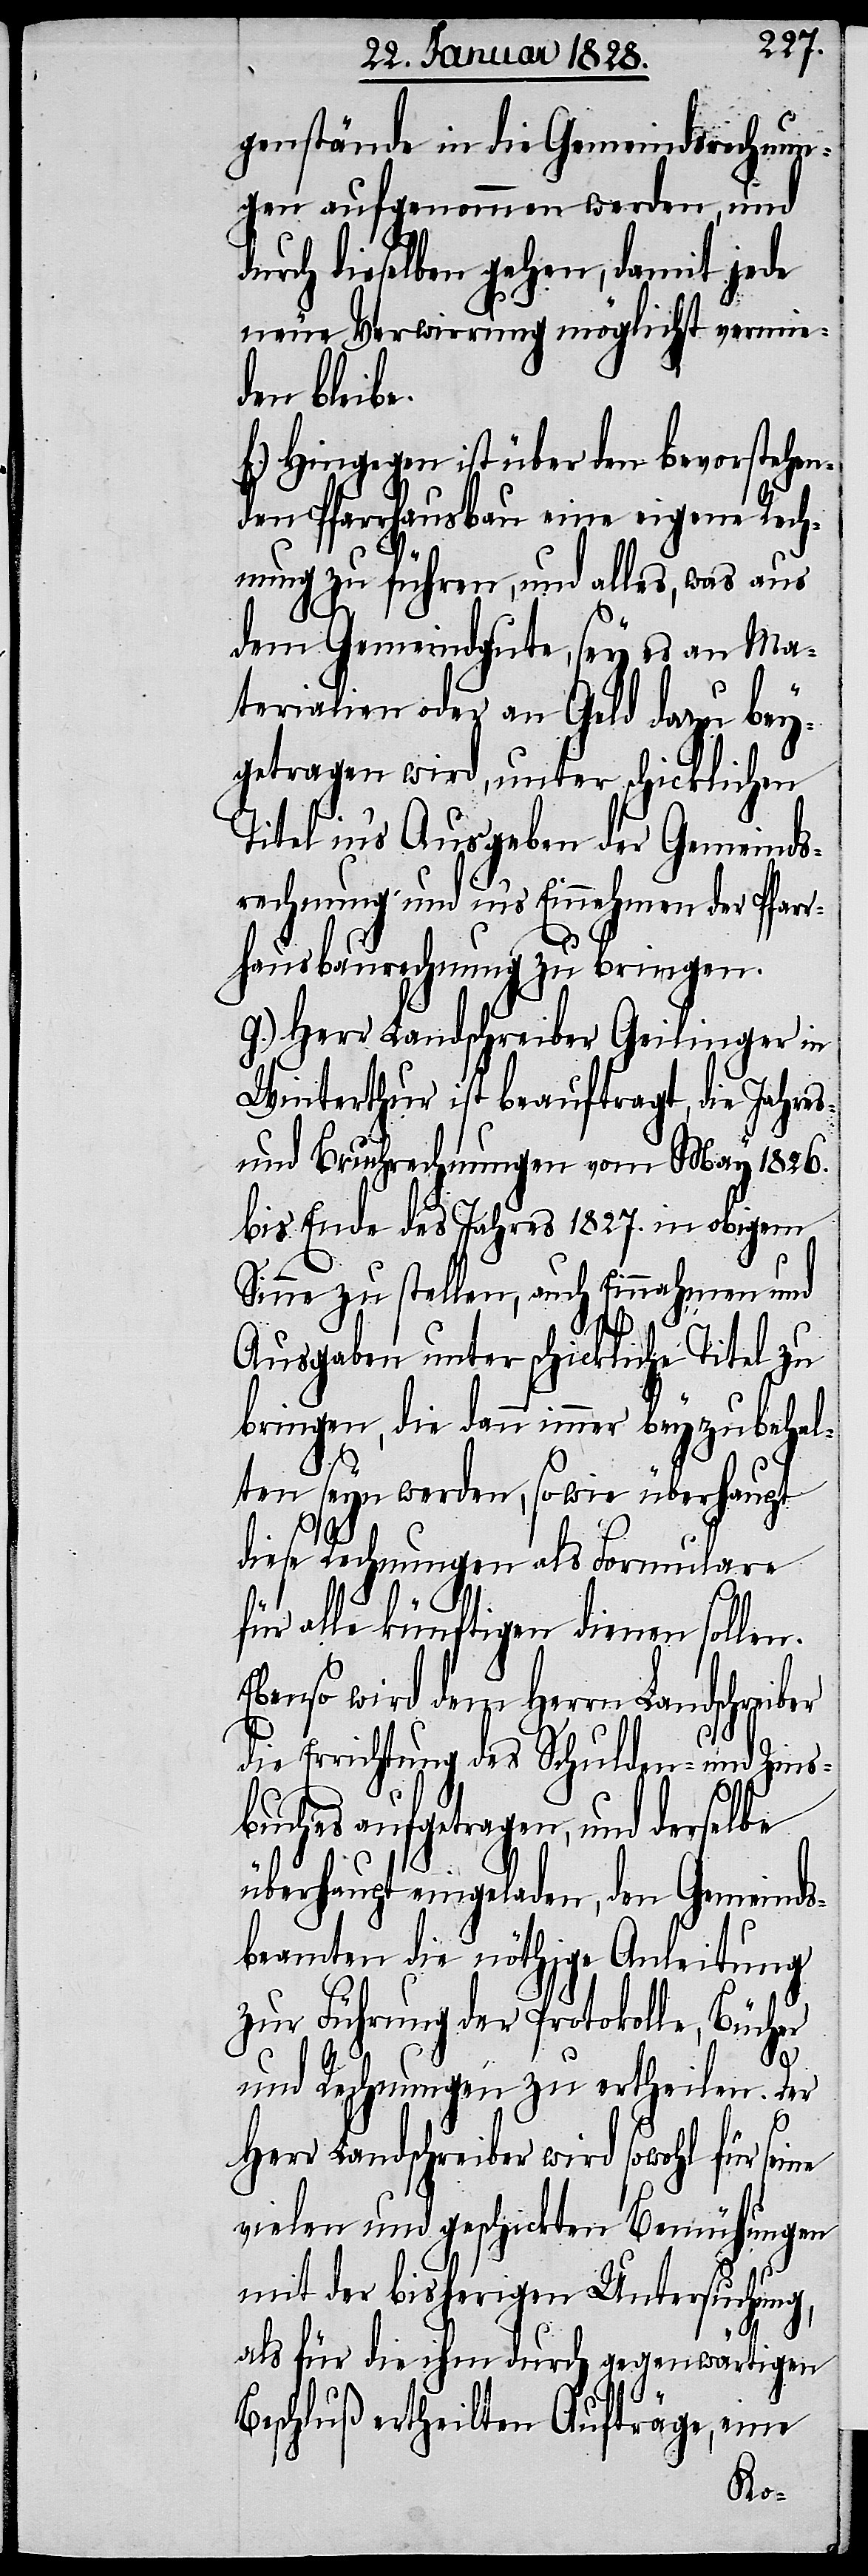
genstände in die Gemeindsrechnun¬
gen aufgenommen werden, und
durch dieselben gehen, damit jede
neue Verwirrung möglichst vermie¬
den bleibe.
f.) Hingegen ist über den bevorstehen¬
den Pfarrhausbau eine eigene Rech¬
nung zu führen, und alles, was aus
dem Gemeindgute, sey es an Ma¬
terialien oder an Geld dazu bey¬
getragen wird, unter schicklichen
Titel in‘s Ausgeben der Gemeinds¬
rechnung und in‘s Einnehmen der Pfarr¬
hausbaurechnung zu bringen.
g.) Her Landschreiber Geilinger in
Winterthur ist beauftragt, die Jahres-
und Bruchrechnungen vom May 1826.
bis Ende des Jahres 1827. in obigem
Sinne zu stellen, auch Einnahmen und
Ausgaben unter schickliche Titel zu
bringen, die dann immer beyzubehal¬
ten seyn werden, sowie überhaupt
diese Rechnungen als Formulare
für alle künftigen dienen sollen.
Ebenso wird dem Herrn Landschreiber
die Errichtung des Schulden- und Zins¬
buches aufgetragen, und derselbe
überhaupt eingeladen, den Gemeinds¬
beamten die nöthige Anleitung
zur Führung der Protokolle, Bücher
und Rechnungen zu ertheilen. Der
Herr Landschreiber wird sowohl für
vielen und geschickten Bemühungen
mit der bisherigen Untersuchung,
als für die ihm durch gegenwärtigen
Beschluß ertheilten Aufträge, eine